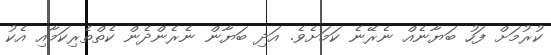
ކުރުމަށް ފަހު ބަޔާނެއް ނެރޭނެ ކަމަށެވެ. އަދި ބަޔާން ނެރެންދެން ކެތްތެރިކަމާއި އެކު